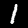
Label: 1